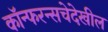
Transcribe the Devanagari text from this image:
कॉन्फरन्सचेदेखील